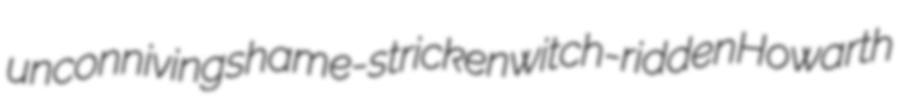
unconniving shame-stricken witch-ridden Howarth